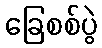
ခြေစစ်ပွဲ